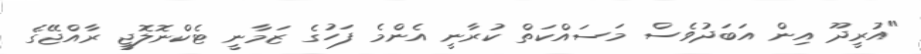
"އުރީދޫ އިން އަބަދުވެސް މަސައްކަތް ކުރާނީ އެންމެ ފަހުގެ ޒަމާނީ ޓެކްނޮލޮޖީ ރާއްޖޭގެ